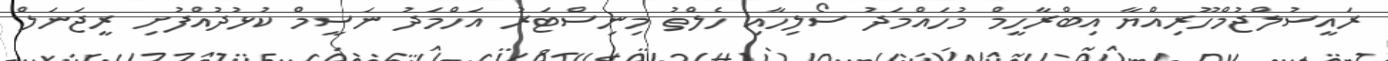
ރައީސުލްޖުމްހޫރިއްޔާ އިބްރާހީމް މުހައްމަދު ސޯލިހާއި ހެލްތު މިނިސްޓަރު އަހްމަދު ނަސީމް ކުޅުދުއްފުށި ރީޖަނަލް